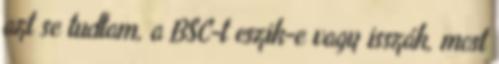
azt se tudtam, a BSC-t eszik-e vagy isszák, most